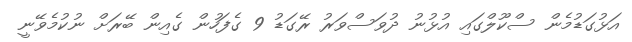
އަޅުގަޑުމެން ސްކޫލްގައި އުޅުނު ދުވަސްވަރު ރޭގަޑު 9 ގެފަހުން ގެއިން ބޭރަށް ނުކުމެވޭނީ